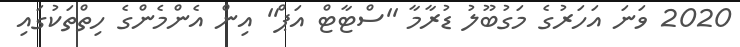
2020 ވަނަ އަހަރުގެ މަގުބޫލު ޑުރާމާ ''ސްޓާޓް އަޕް'' އިން އެންމެންގެ ހިތްތަކުގައި